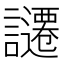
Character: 𧭱